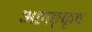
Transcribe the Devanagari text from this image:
अलङ्कृत